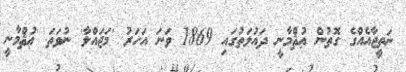
ނަތީޖާއެއްގެ ގޮތުން ޢުޘްމާނީ ދައުލަތުގައި 1869 ވަނަ އަހަރު 'މަޖައްލާ' ނުވަތަ 'ޢުޘްމާނީ